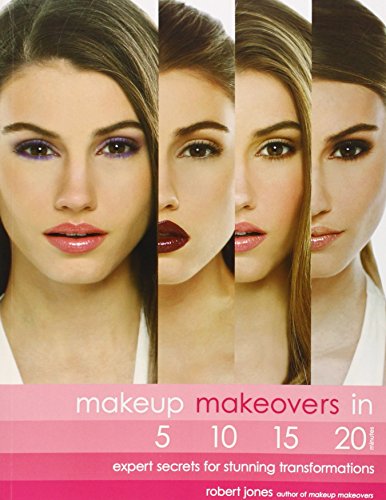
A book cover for Makeup Makeovers in 5, 10, 15, and 20 Minutes: Expert Secrets for Stunning Transformations; Robert Jones; Health, Fitness & Dieting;